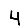
Digit: 4